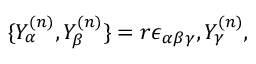
\{ Y _ { \alpha } ^ { ( n ) } , Y _ { \beta } ^ { ( n ) } \} = r \epsilon _ { \alpha \beta \gamma } , Y _ { \gamma } ^ { ( n ) } ,